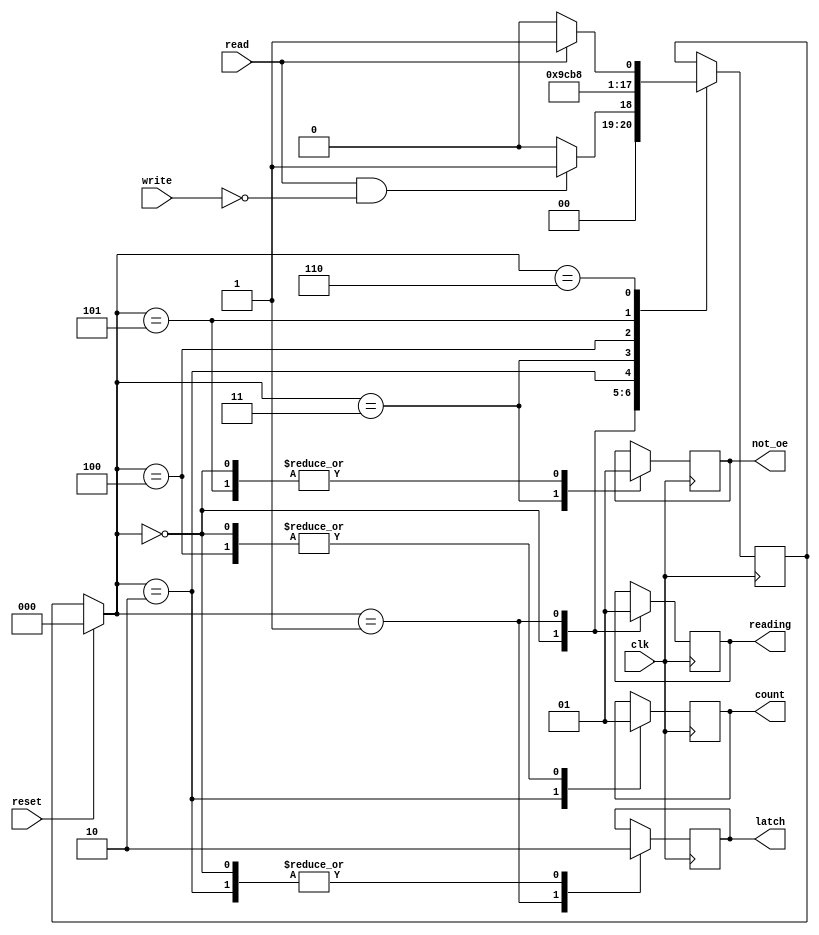
module read_cycle (latch, count, not_oe, reading, read, write, reset, clk);
	output latch, 
		   count,
		   not_oe,
		   reading;
		   
	input  read, 
		   write,
		   reset,
		   clk;

	reg   latch,
		   count,
		   not_oe,
			reading;

	reg [2:0] ps,
			  ns;

	parameter idle = 3'b000,
			  cycle_1 = 3'b001,
			  cycle_2 = 3'b010,
			  cycle_3 = 3'b011,
			  cycle_4 = 3'b100,
			  cycle_5 = 3'b101,
			  cycle_6 = 3'b110;


	//FSM for one write cycle
	always @(posedge clk)
		begin
			if (reset) ps = idle;
			else ps = ns;
			case (ps)
				idle: 
					begin
						reading = 0;
						latch = 0;
						count = 1;
						not_oe = 1;
						if (read == 1 && write == 0) ns = cycle_1;
						else ns = idle;
					end
				cycle_1:
					begin
						reading = 1;
						latch = 1;
						ns = cycle_2;
					end
				cycle_2:
					begin
						latch = 0;
						count = 0;
						ns = cycle_3;
					end
				cycle_3:
					begin
						not_oe = 0;
						ns = cycle_4;
					end
				cycle_4:
					begin
						count = 1;
						ns = cycle_5;
					end
				cycle_5:
					begin
						not_oe = 1;
						ns = cycle_6;
					end
				cycle_6:
					begin
						if (read == 1) ns = cycle_1;
						else ns = idle;
					end
			endcase
		end



endmodule